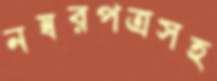
নম্বরপত্রসহ